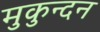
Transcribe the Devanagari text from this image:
मुकुन्दन